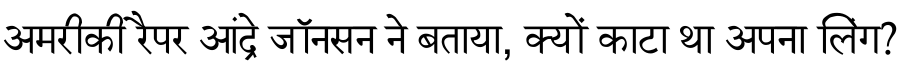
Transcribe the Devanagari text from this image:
अमरीकी रैपर आंद्रे जॉनसन ने बताया, क्यों काटा था अपना लिंग?